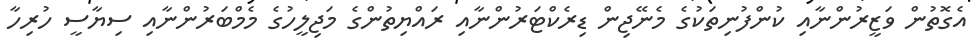
އެގޮތުން ވަޒީރުންނާއި ކުންފުނިތަކުގެ މެނޭޖިން ޑިރެކްޓަރުންނާއި ރައްޔިތުންގެ މަޖިލީހުގެ މެމްބަރުންނާއި ސިޔާސީ ހުރިހާ